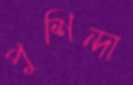
পুশিন্দা